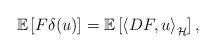
\begin{align*}\mathbb{E}\left[ F\delta(u)\right] =\mathbb{E}\left[\left\langle DF,u\right\rangle _{\mathcal{H}}\right] ,\end{align*}